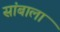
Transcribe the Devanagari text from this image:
सांबाला